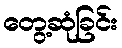
တွေ့ဆုံခြင်း